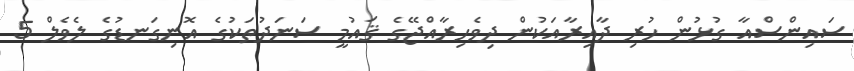
ސައިންސްއާ ގުޅުން ހުރި ދާއިރާއަކުން ދިވެހިރާއްޖޭގެ ޤައުމީ ސަނަދުތަކުގެ އޮނިގަނޑުގެ ލެވެލް 5